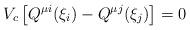
LaTeX: \begin{align*}V_c\left[ Q^{\mu i}(\xi _i)-Q^{\mu j}(\xi _j)\right] =0\end{align*}